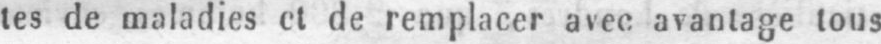
tes de maladies et de remplacer avec avantage tous